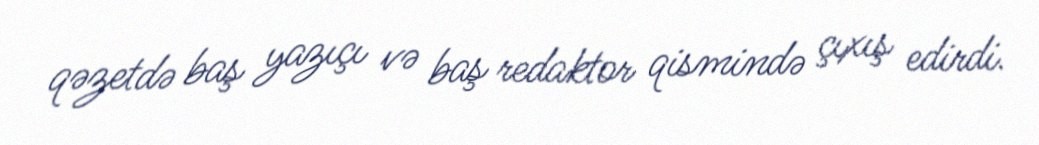
qəzetdə baş yazıçı və baş redaktor qismində çıxış edirdi.